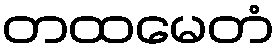
တထမေတံ